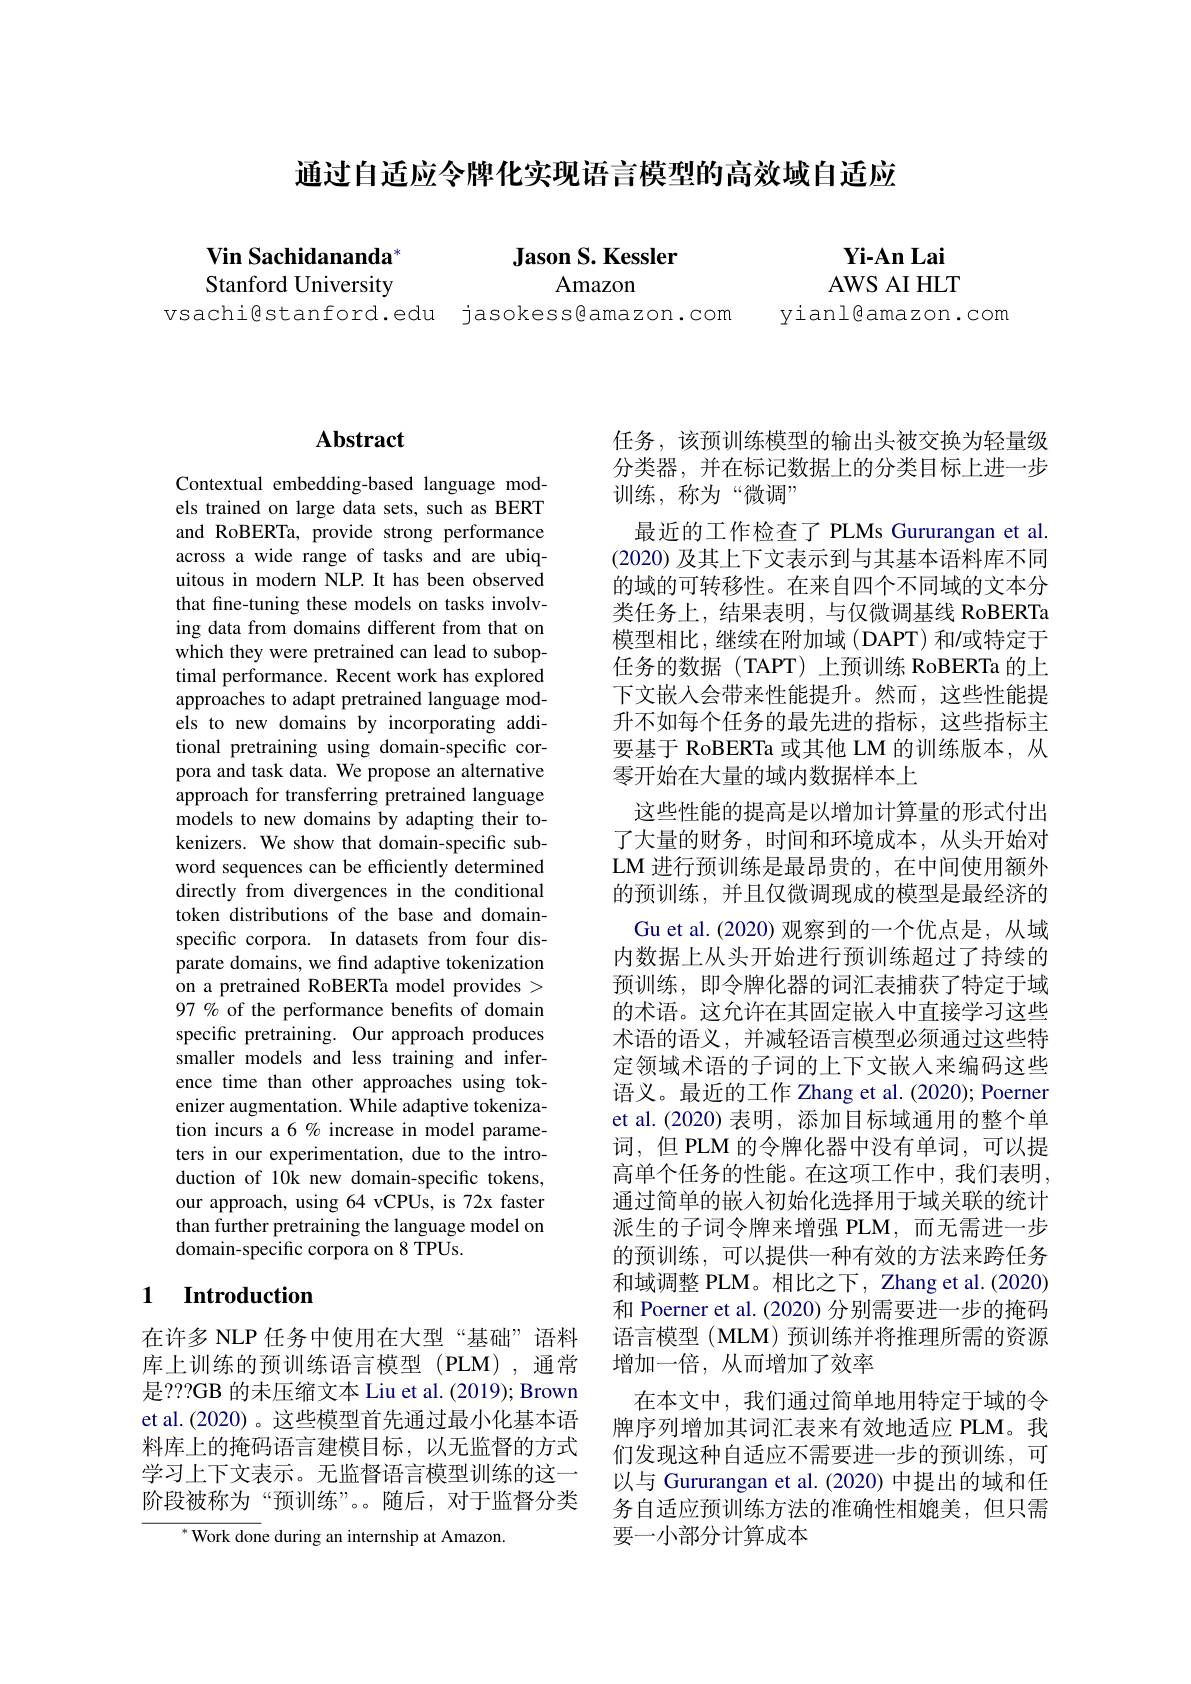
通过自适应令牌化实现语言模型的高效域自适应

## Jason S. Kessler

Amazon

Vin Sachidananda* Stanford University

vsachi@stanford.edu jasokess色amazon.com

$\mathbf{Yi-An}$Lai AWS AI HLT
yianl@amazon.com

# Abstract

Contextual embedding-based language models trained on large data sets, such as BERT and RoBERTa, provide strong performance across a wide range of tasks and are ubiquitous in modern NLP. It has been observed that fine-tuning these models on tasks involving data from domains different from that on which they were pretrained can lead to suboptimal performance. Recent work has explored approaches to adapt pretrained language models to new domains by incorporating additional pretraining using domain-specific corpora and task data. We propose an alternative approach for transferring pretrained language models to new domains by adapting their tokenizers. We show that domain-specific subword sequences can be efficiently determined directly from divergences in the conditional token distributions of the base and domainspecific corpora. In datasets from four disparate domains, we find adaptive tokenization on a pretrained RoBERTa model provides > 97 % of the performance benefits of domain specific pretraining. Our approach produces smaller models and less training and inference time than other approaches using tokenizer augmentation. While adaptive tokenization incurs a 6% increase in model parameters in our experimentation, due to the introduction of 10k new domain-specific tokens, our approach, using 64 vCPUs, is 72x faster than further pretraining the language model on domain-specific corpora on 8 TPUs.

## 1 $\textbf{Introduction}$

在许多 NLP 任务中使用在大型“基础”语料库上训练的预训练语言模型(PLM),通常是？??GB 的未压缩文本 Liu et al. (2019); Brown et al.(2020)。这些模型首先通过最小化基本语料库上的掩码语言建模目标，以无监督的方式学习上下文表示。无监督语言模型训练的这一阶段被称为“预训练”。随后，对于监督分类

$^{*}$Work done during an internship at Amazon.

任务，该预训练模型的输出头被交换为轻量级分类器，并在标记数据上的分类目标上进一步训练，称为“微调”
最近的工作检查了 PLMs Gururangan et al. (2020)及其上下文表示到与其基本语料库不同的域的可转移性。在来自四个不同域的文本分类任务上，结果表明，与仅微调基线 RoBERTa 模型相比，继续在附加域(DAPT)和/或特定于任务的数据(TAPT) 上预训练 RoBERTa 的上下文嵌人会带来性能提升。然而，这些性能提升不如每个任务的最先进的指标，这些指标主要基于 RoBERTa 或其他 LM 的训练版本，从零开始在大量的域内数据样本上
这些性能的提高是以增加计算量的形式付出了大量的财务，时间和环境成本，从头开始对LM 进行预训练是最昂贵的，在中间使用额外的预训练，并且仅微调现成的模型是最经济的
Gu et al.(2020)观察到的一个优点是，从域内数据上从头开始进行预训练超过了持续的预训练，即令牌化器的词汇表捕获了特定于域的术语。这允许在其固定嵌入中直接学习这些术语的语义，并减轻语言模型必须通过这些特定领域术语的子词的上下文嵌入来编码这些语义。最近的工作 Zhang et al. (2020); Poerner et al.(2020) 表明，添加目标域通用的整个单词，但 PLM 的令牌化器中没有单词，可以提高单个任务的性能。在这项工作中，我们表明， 通过简单的嵌入初始化选择用于域关联的统计派生的子词令牌来增强 PLM,而无需进一步的预训练，可以提供一种有效的方法来跨任务和域调整 PLM。相比之下，Zhang et al.(2020) 和 Poerner et al. (2020) 分别需要进一步的掩码语言模型(MLM)预训练并将推理所需的资源增加一倍，从而增加了效率
在本文中，我们通过简单地用特定于域的令牌序列增加其词汇表来有效地适应 PLM。我们发现这种自适应不需要进一步的预训练，可以与 Gururangan et al. (2020) 中提出的域和任务自适应预训练方法的准确性相媲美，但只需要一小部分计算成本